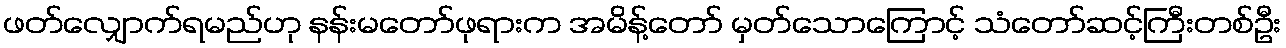
ဖတ်လျှောက်ရမည်ဟု နန်းမတော်ဖုရားက အမိန့်တော် မှတ်သောကြောင့် သံတော်ဆင့်ကြီးတစ်ဦး